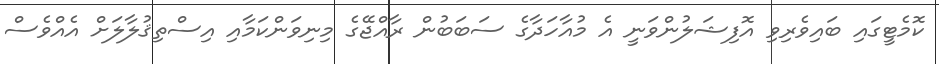
ކޮމެޓީގައި ބައިވެރިވި އޮފިޝަލުންވަނީ އެ މުއާހަދާގެ ސަބަބުން ރާއްޖޭގެ މިނިވަންކަމާއި އިސްތިޤުލާލަށް އެއްވެސް